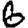
Digit: 6